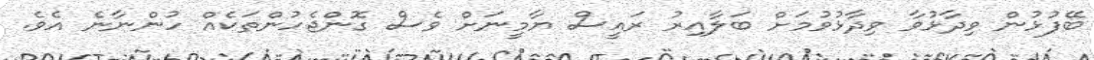
ބޭފުޅުން ވިދާޅުވާ ވިދާޅުވުމަށް ބަލާއިރު ރައީސް ޔާމީނަށް ވެސް ގޮންޖެހުންތަކެއް ހުންނާނެ އެވެ.